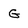
Character: G